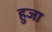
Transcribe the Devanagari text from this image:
हुजा